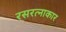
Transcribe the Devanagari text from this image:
रसरत्नाकार